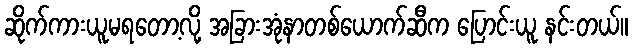
ဆိုက်ကားယူမရတော့လို့ အခြားအုံနာတစ်ယောက်ဆီက ပြောင်းယူ နင်းတယ်။